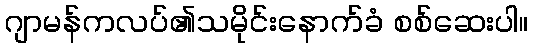
ဂျာမန်ကလပ်၏သမိုင်းနောက်ခံ စစ်ဆေးပါ။